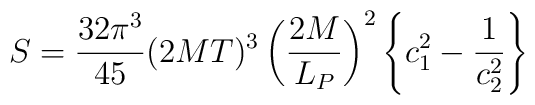
S = {32\pi^3\over 45} (2MT)^3 \left({2M\over L_P}\right)^2 \left\{ c_1^2 - {1\over c_2^2} \right\}